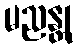
မညန္တု